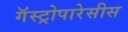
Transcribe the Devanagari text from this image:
गॅस्ट्रोपारेसीस